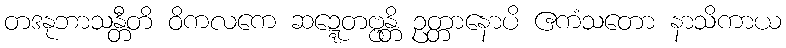
တဒနုဘာသန္တီတိ ဝိကလကေ ဆဍ္ဍေတဗ္ဗန္တိ ဥတ္တာနောပိ ဧကံသတော နာသိကာယ